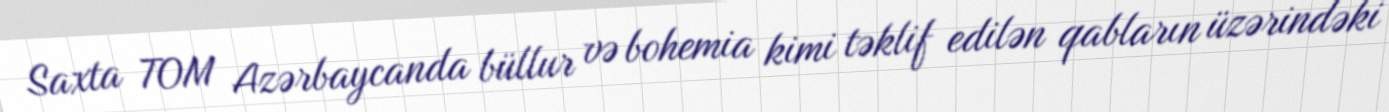
Saxta TOM Azərbaycanda büllur və bohemia kimi təklif edilən qabların üzərindəki